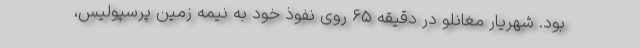
بود. شهریار مغانلو در دقیقه ۶۵ روی نفوذ خود به نیمه زمین پرسپولیس،